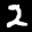
Label: 2